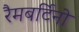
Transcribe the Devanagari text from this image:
रैमबर्टिनो